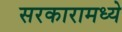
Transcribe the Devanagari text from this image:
सरकारामध्ये